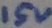
Text: 15v